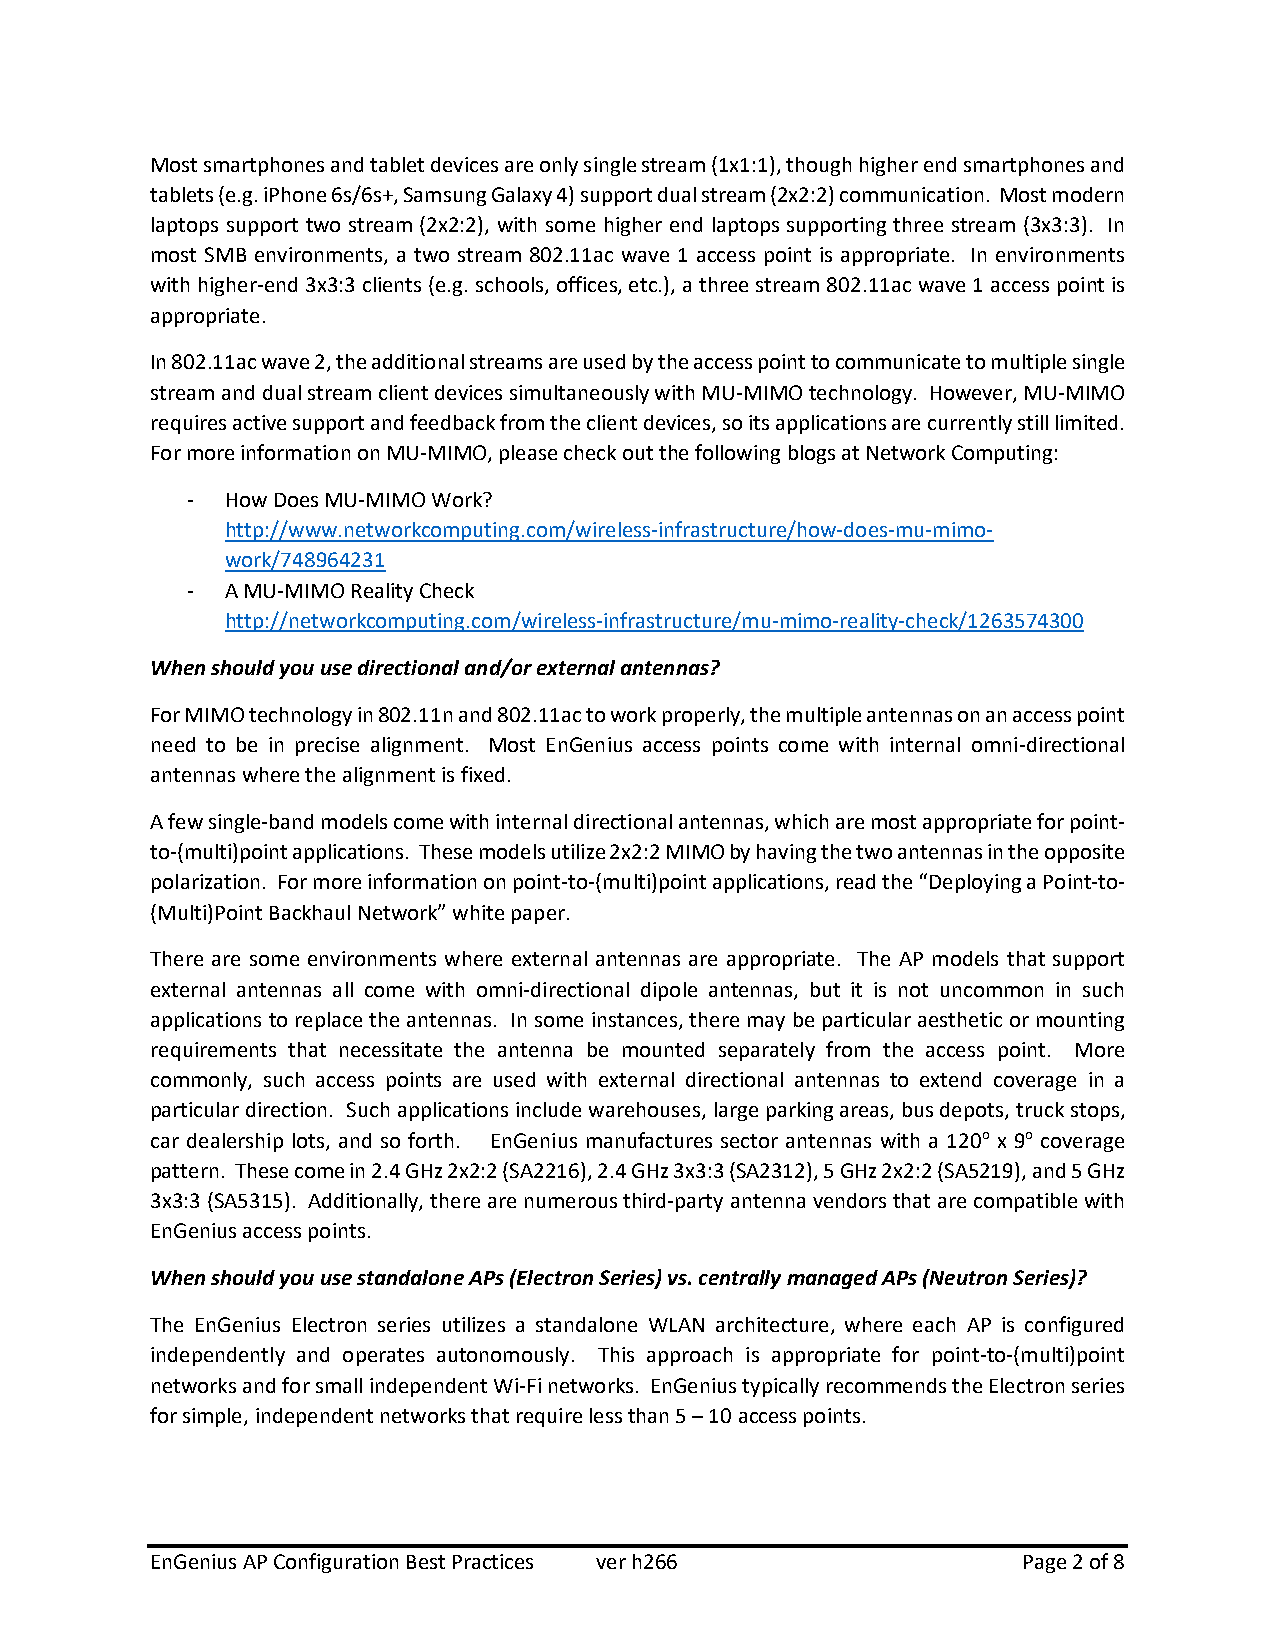
Most smartphones and tablet devices are only single stream (1x1:1), though higher end smartphones and
 tablets (e.g. iPhone 6s/6s+, Samsung Galaxy 4) support dual stream (2x2:2) communication. Most modern
 laptops support two stream (2x2:2), with some higher end laptops supporting three stream (3x3:3). In
 most SMB environments, a two stream 802.11ac wave 1 access point is appropriate. In environments
 with higher-end 3x3:3 clients (e.g. schools, offices, etc.), a three stream 802.11ac wave 1 access point is
 appropriate.
 In 802.11ac wave 2, the additional streams are used by the access point to communicate to multiple single
 stream and dual stream client devices simultaneously with MU-MIMO technology. However, MU-MIMO
 requires active support and feedback from the client devices, so its applications are currently still limited.
 For more information on MU-MIMO, please check out the following blogs at Network Computing:
 -  How Does MU-MIMO Work?
 http://www.networkcomputing.com/wireless-infrastructure/how-does-mu-mimo-
 work/748964231
 -  A MU-MIMO Reality Check
 http://networkcomputing.com/wireless-infrastructure/mu-mimo-reality-check/1263574300
 When should you use directional and/or external antennas?
 For MIMO technology in 802.11n and 802.11ac to work properly, the multiple antennas on an access point
 need to be in precise alignment. Most EnGenius access points come with internal omni-directional
 antennas where the alignment is fixed.
 A few single-band models come with internal directional antennas, which are most appropriate for point-
 to-(multi)point applications. These models utilize 2x2:2 MIMO by having the two antennas in the opposite
 polarization. For more information on point-to-(multi)point applications, read the “Deploying a Point-to-
 (Multi)Point Backhaul Network” white paper.
 There are some environments where external antennas are appropriate. The AP models that support
 external antennas all come with omni-directional dipole antennas, but it is not uncommon in such
 applications to replace the antennas. In some instances, there may be particular aesthetic or mounting
 requirements that necessitate the antenna be mounted separately from the access point. More
 commonly, such access points are used with external directional antennas to extend coverage in a
 particular direction. Such applications include warehouses, large parking areas, bus depots, truck stops,
 car dealership lots, and so forth. EnGenius manufactures sector antennas with a 120o x 9o coverage
 pattern. These come in 2.4 GHz 2x2:2 (SA2216), 2.4 GHz 3x3:3 (SA2312), 5 GHz 2x2:2 (SA5219), and 5 GHz
 3x3:3 (SA5315). Additionally, there are numerous third-party antenna vendors that are compatible with
 EnGenius access points.
 When should you use standalone APs (Electron Series) vs. centrally managed APs (Neutron Series)?
 The EnGenius Electron series utilizes a standalone WLAN architecture, where each AP is configured
 independently and operates autonomously. This approach is appropriate for point-to-(multi)point
 networks and for small independent Wi-Fi networks. EnGenius typically recommends the Electron series
 for simple, independent networks that require less than 5 – 10 access points.
 EnGenius AP Configuration Best Practices ver h266         Page 2 of 8